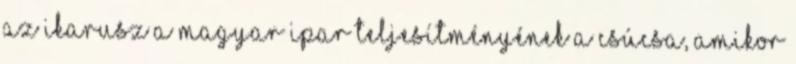
az Ikarusz a magyar ipar teljesítményének a csúcsa, amikor